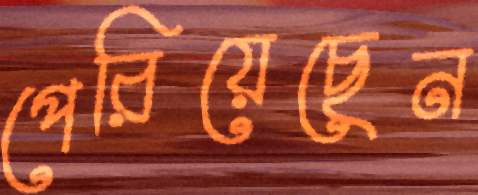
পেরিয়েছেন